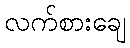
လက်စားချေ